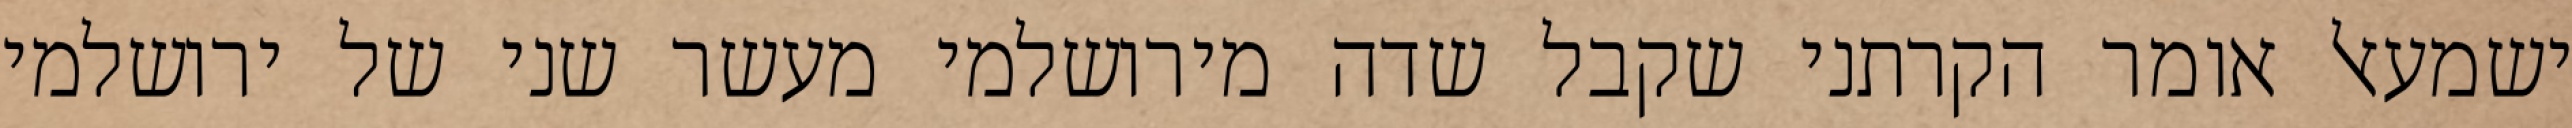
ישמעאל אומר הקרתני שקבל שדה מירושלמי מעשר שני של ירושלמי